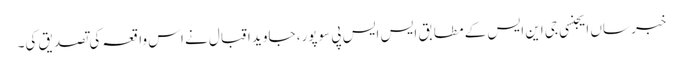
خبر ساں ایجنسی جی این ایس کے مطابق ایس ایس پی سوپور، جاوید اقبال نے اس واقعہ کی تصدیق کی۔